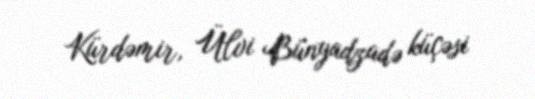
Kürdəmir, Ülvi Bünyadzadə küçəsi